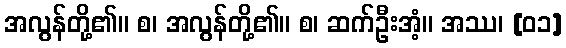
အလွန်တို့၏။ စ၊ အလွန်တို့၏။ စ၊ ဆက်ဦးအံ့။ အဿ၊ [၀၁]